Civil Veterinary Dept. Bombay admin report 1923-31 - 1923-1931
Year: 1923
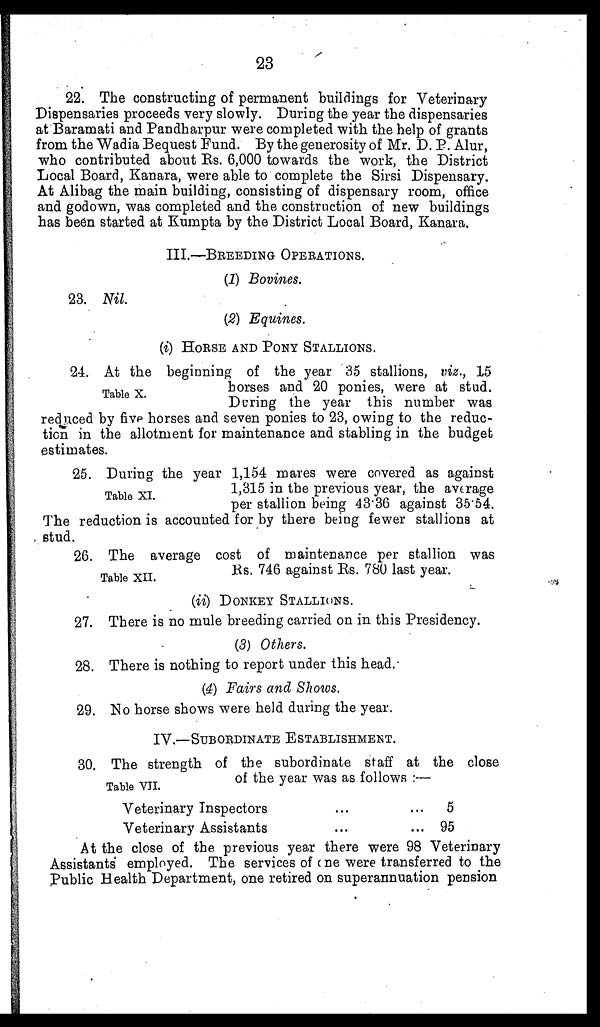
23
22. The constructing of permanent buildings for Veterinary
Dispensaries proceeds very slowly. During the year the dispensaries
at Baramati and Pandharpur were completed with the help of grants
from the Wadia Bequest Fund. By the generosity of Mr. D. P. Alur,
who contributed about Rs. 6,000 towards the work, the District
Local Board, Kanara, were able to complete the Sirsi Dispensary.
At Alibag the main building, consisting of dispensary room, office
and godown, was completed and the construction of new buildings
has been started at Kumpta by the District Local Board, Kanara.
III.—BREEDING OPERATIONS.
(1) Bovines.
23. Nil
(2) Equines.
(i) HORSE AND PONY STALLIONS.
Table X.
24. At the beginning of the year 35 stallions, viz., 15
horses and 20 ponies, were at stud.
During the year this number was
reduced by five horses and seven ponies to 23, owing to the reduc-
tion in the allotment for maintenance and stabling in the budget
estimates.
Table XI.
25. During the year 1,154 mares were covered as against
1,315 in the previous year, the average
per stallion being 43.36 against 35.54.
The reduction is accounted for by there being fewer stallions at
stud.
Table XII.
26. The average cost of maintenance per stallion was
Rs. 746 against Rs. 780 last year.
(ii) DONKEY STALLIONS.
27. There is no mule breeding carried on in this Presidency.
(3) Others.
28. There is nothing to report under this head.
(4) Fairs and Shows.
29. No horse shows were held during the year.
IV.—SUBORDINATE ESTABLISHMENT.
Table VII.
30. The strength of the subordinate staff at the close
of the year was as follows :—
Veterinary Inspectors
...
...
Veterinary Assistants
...
...
5
95
At the close of the previous year there were 98 Veterinary
Assistants employed. The services of one were transferred to the
Public Health Department, one retired on superannuation pension